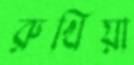
রুখিয়া